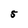
Character: 5